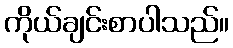
ကိုယ်ချင်းစာပါသည်။